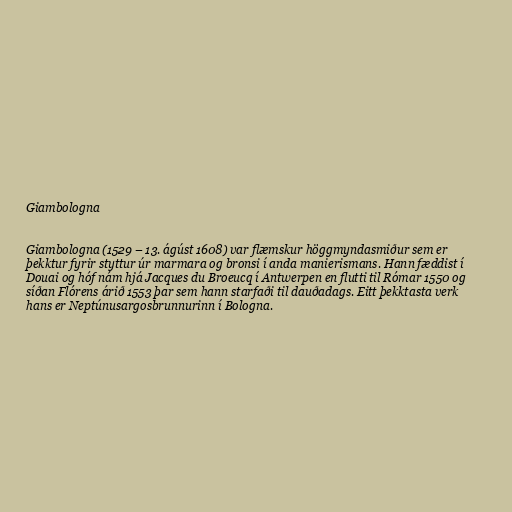
Giambologna

Giambologna (1529 – 13. ágúst 1608) var flæmskur höggmyndasmiður sem er
þekktur fyrir styttur úr marmara og bronsi í anda manierismans. Hann fæddist í
Douai og hóf nám hjá Jacques du Broeucq í Antwerpen en flutti til Rómar 1550 og
síðan Flórens árið 1553 þar sem hann starfaði til dauðadags. Eitt þekktasta verk
hans er Neptúnusargosbrunnurinn í Bologna.